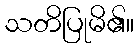
သတိပြုမိ၏။